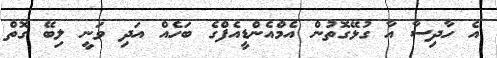
އެ ހާދިސާ އާ ގުޅޭގޮތުން އެމްއެންޑީއެފްގެ ބަހެއް އަދި ވަނީ ލިބޭ ގޮތް